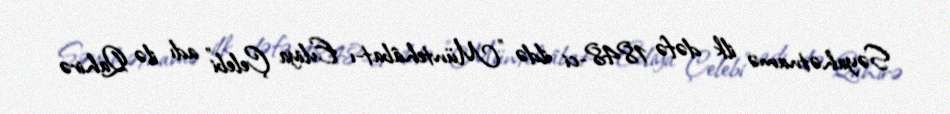
Səyahətnamə ilk dəfə 1848-ci ildə "Müntehâbat-ı Evliya Çelebi" adı ilə Qahirə